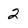
Character: 2